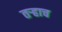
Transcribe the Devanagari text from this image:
तर्‍हाच